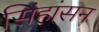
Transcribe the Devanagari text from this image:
सिंहांसन